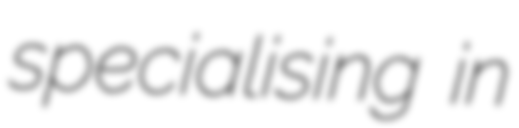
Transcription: specialising in